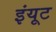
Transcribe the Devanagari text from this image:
इंयूट